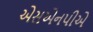
એસએનપીએ